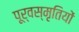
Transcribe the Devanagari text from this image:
पूर्वस्मृतियों